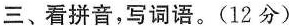
三、看拼音，写词语。(12分)